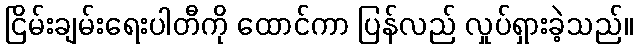
ငြိမ်းချမ်းရေးပါတီကို ထောင်ကာ ပြန်လည် လှုပ်ရှားခဲ့သည်။